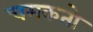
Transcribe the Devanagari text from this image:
चमकतो